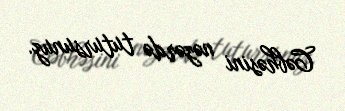
Cəbhəsini nəzərdə tutursunuz.